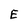
Character: E